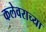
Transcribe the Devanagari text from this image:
कलेवराच्या